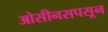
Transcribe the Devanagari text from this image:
ओसीनसपसून